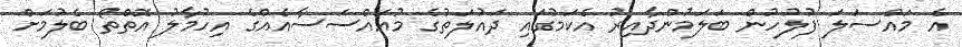
އެ މައްސަލަ ފުލުހުން ބަލަމުންދާއިރު އެކަމުގައި ދައުލަތުގެ މުއައްސަސާއެއްގެ އިހުމާލު އޮތްތޯ ބެލުމަށް